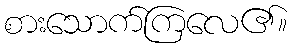
စားသောက်ကြလေ၏။